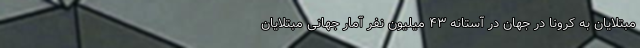
مبتلایان به کرونا در جهان در آستانه ۴۳ میلیون نفر آمار جهانیِ مبتلایان